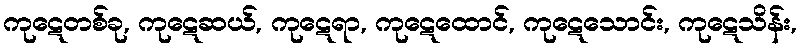
ကုဋေတစ်ခု, ကုဋေဆယ်, ကုဋေရာ, ကုဋေထောင်, ကုဋေသောင်း, ကုဋေသိန်း,